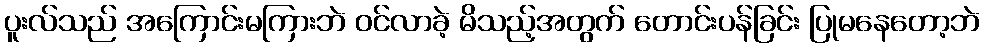
ပူးလ်သည် အကြောင်းမကြားဘဲ ဝင်လာခဲ့ မိသည့်အတွက် တောင်းပန်ခြင်း ပြုမနေတော့ဘဲ